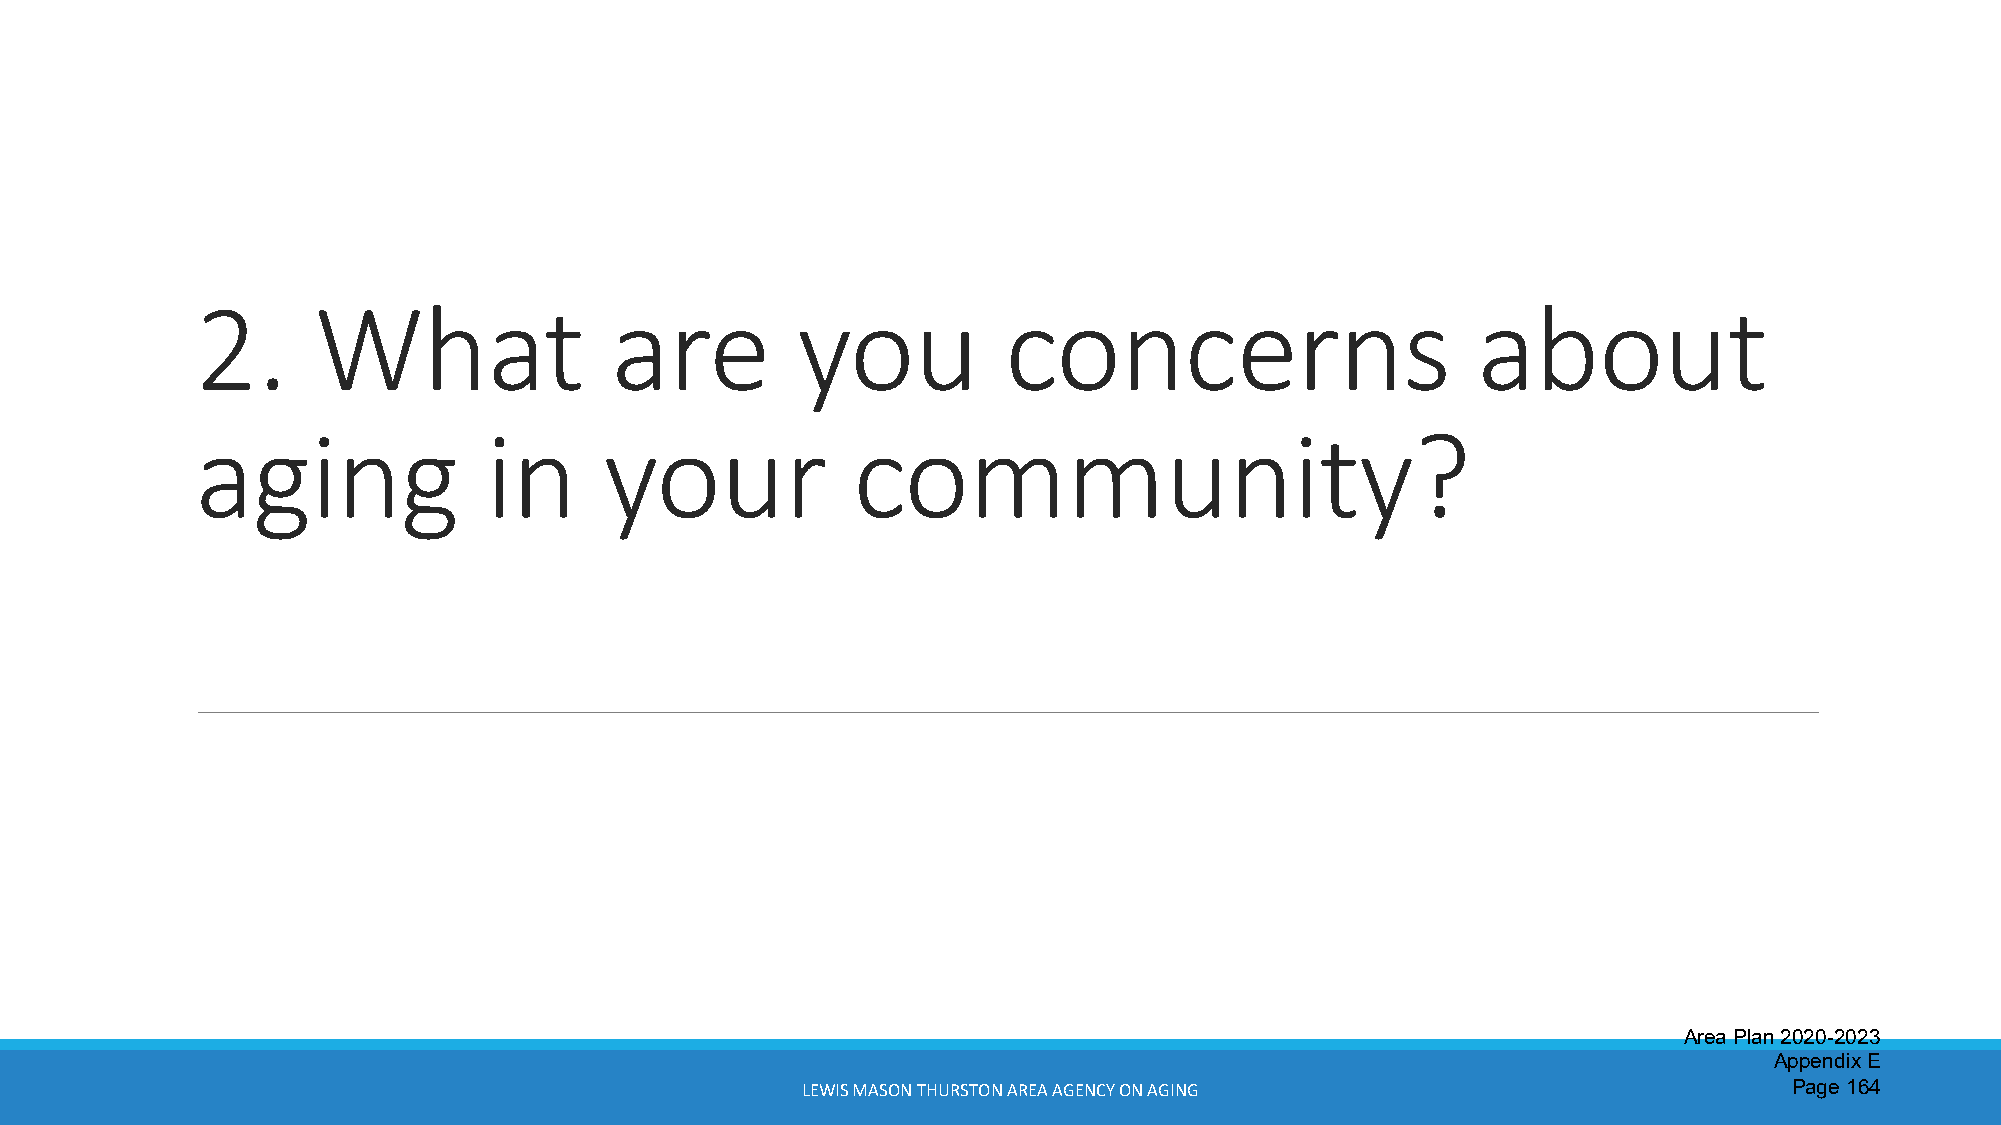
2.      What                are         you           concerns                       about
 aging              in      your            community?
 Area Plan 2020-2023
 Appendix E
 LEWIS MASON THURSTON AREA AGENCY ON AGING                         Page 164